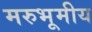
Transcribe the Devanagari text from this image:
मरुभूमीय